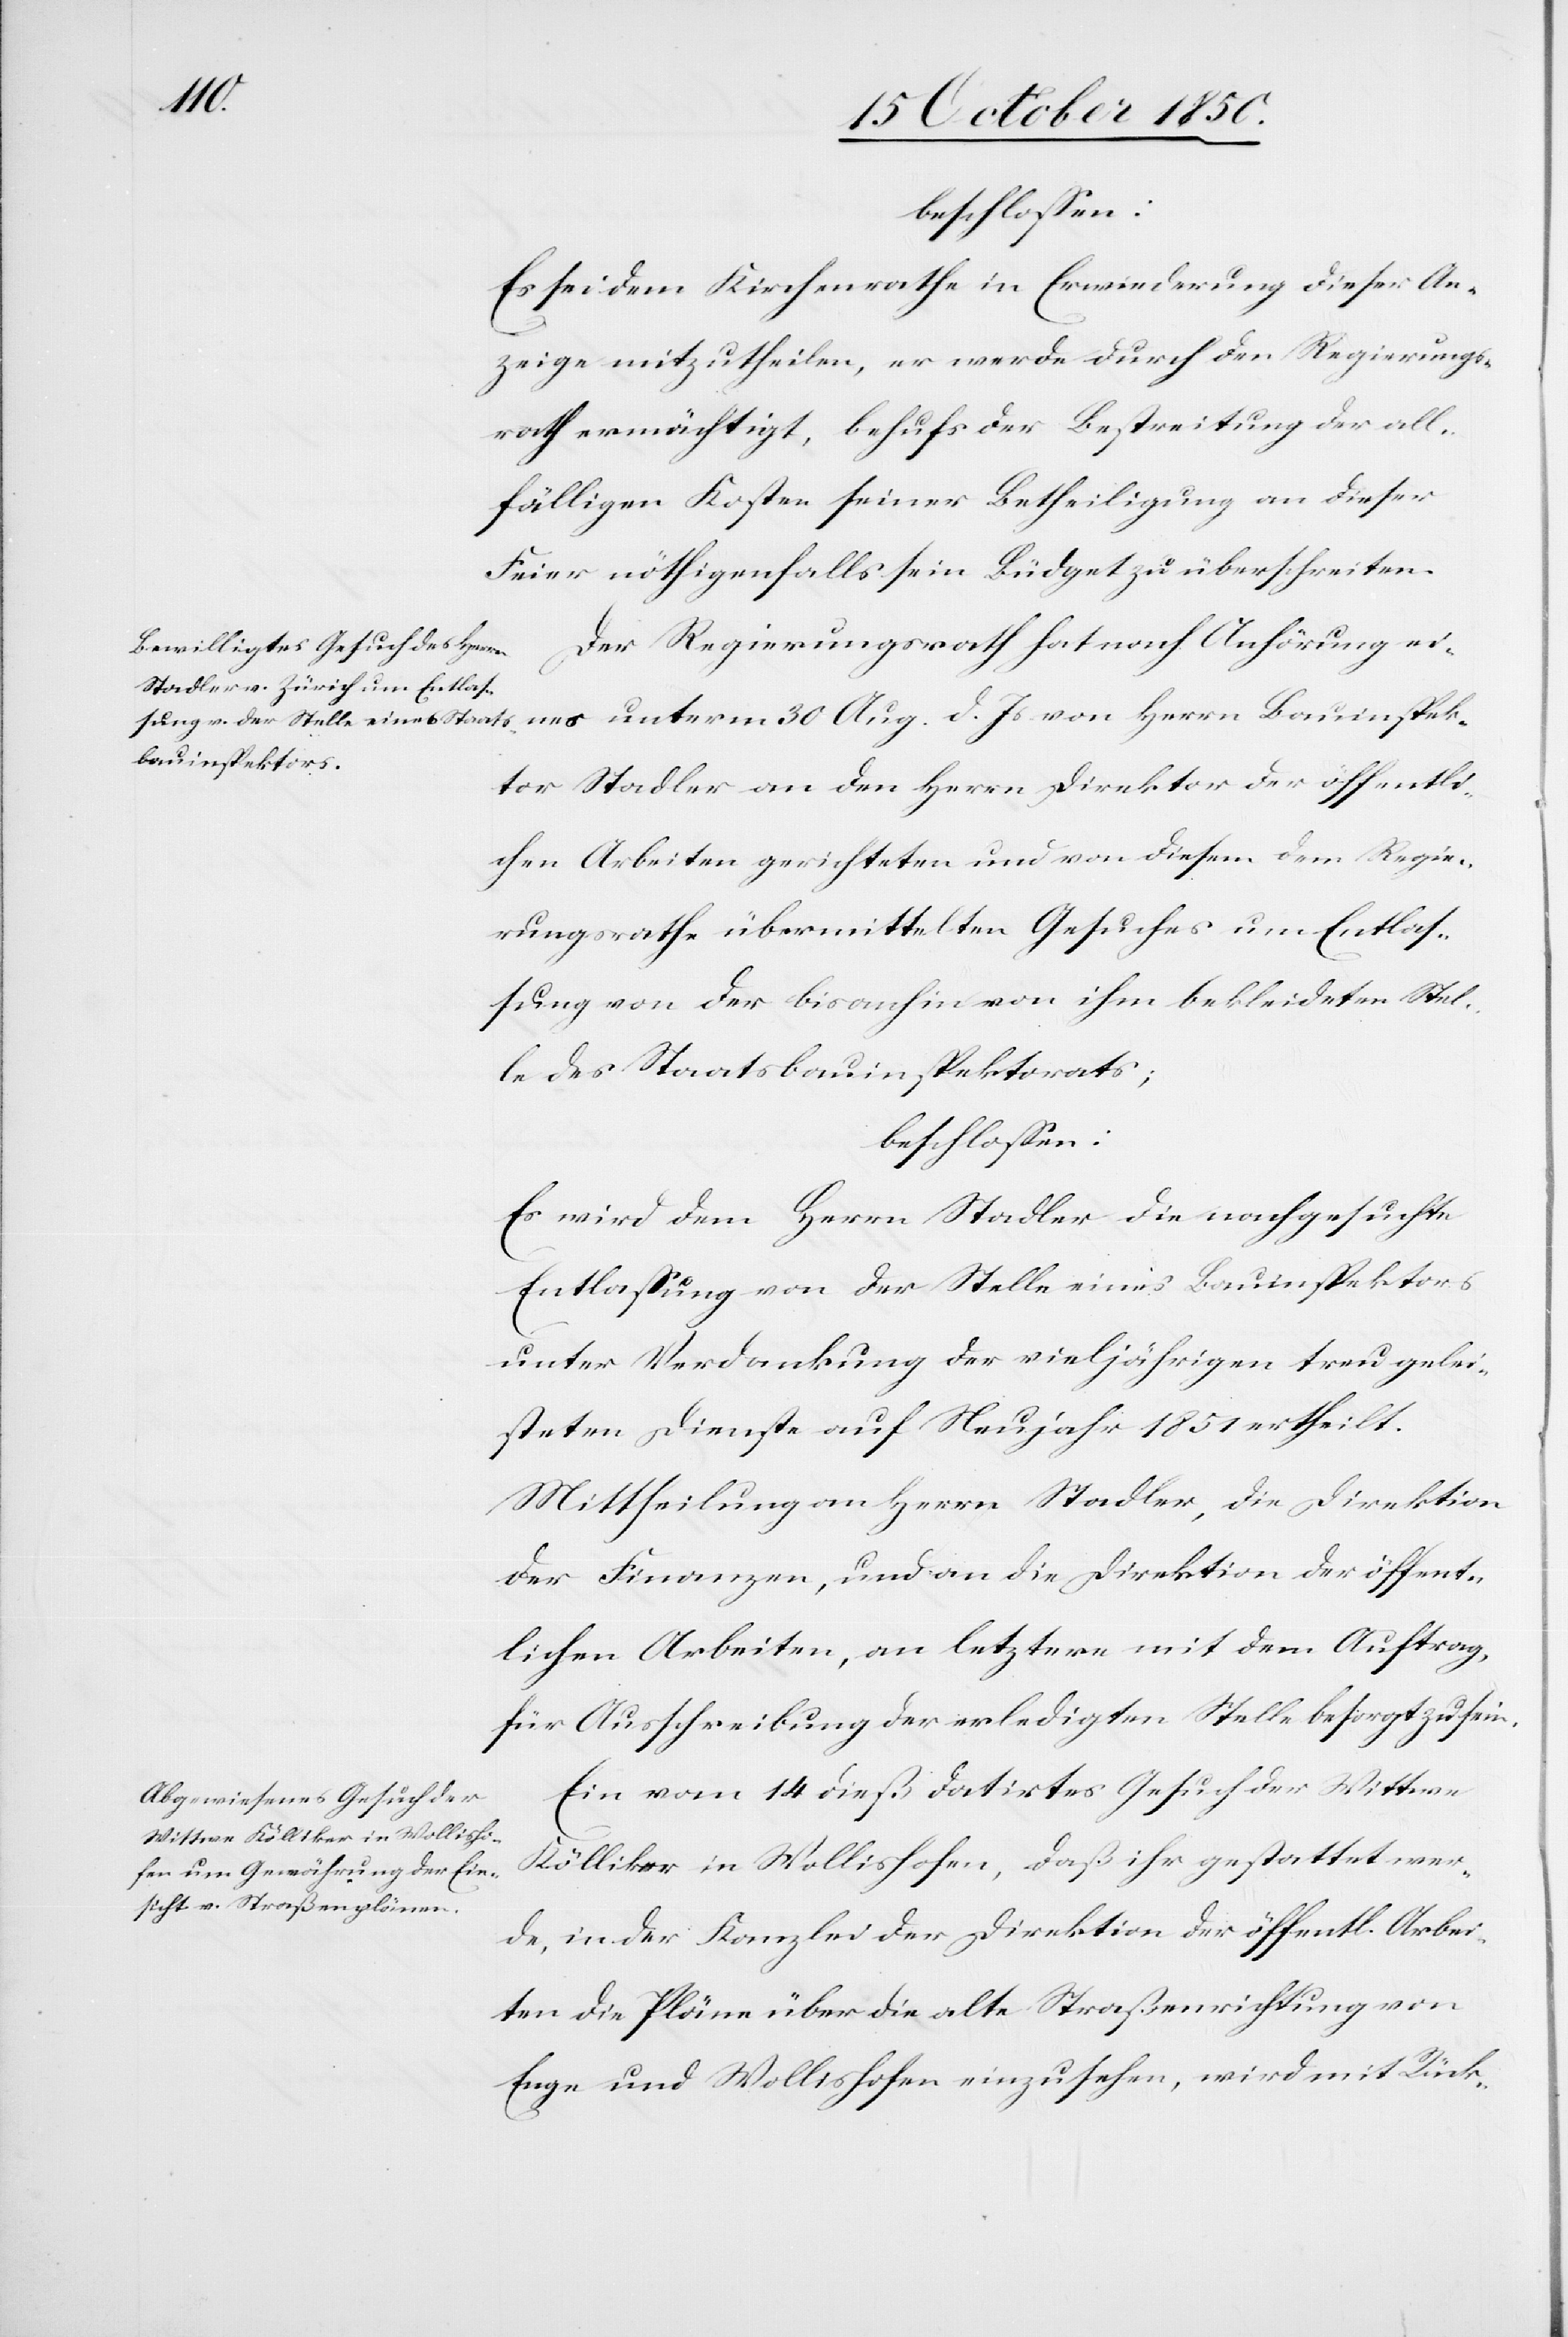
beschlossen:
Es sei dem Kirchenrathe in Erwiederung dieser An¬
zeige mitzutheilen, er werde durch den Regierungs¬
rath ermächtigt, behufs der Bestreitung der all¬
fälligen Kosten seiner Betheiligung an dieser
Feier nöthigenfalls sein Büdget zu überschreiten.
Der Regierungsrath hat nach Anhörung ei¬
nes unterm 30 Aug. d. Js. von Herrn Bauinspek¬
tor Stadler an den Herrn Direktor der öffentli¬
chen Arbeiten gerichteten und von diesem dem Regie¬
rungsrathe übermittelten Gesuches um Entlas¬
sung von der bisanhin von ihm bekleideten Stel¬
le des Staatsbauinspektorats;
beschlossen:
Es wird dem Herrn Stadler die nachgesuchte
Entlassung von der Stelle eines Bauinspektors
unter Verdankung der vieljährigen treugelei¬
steten Dienste auf Neujahr 1851 ertheilt.
Mittheilung an Herrn Stadler, die Direktion
der Finanzen, und an die Direktion der öffent¬
lichen Arbeiten, an letztere mit dem Auftrag,
für Ausschreibung der erledigten Stelle besorgt zu sein.
Ein vom 14 dieß datirtes Gesuch der Wittwe
Kölliker in Wollishofen, daß ihr gestattet wer¬
de, in der Kanzlei der Direktion der öffentlichen Arbei¬
ten die Pläne über die alte Straßenrichtung von
Enge und Wollishofen einzusehen, wird mit Rück-